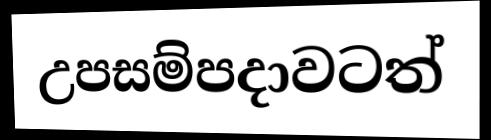
උපසම්පදාවටත්